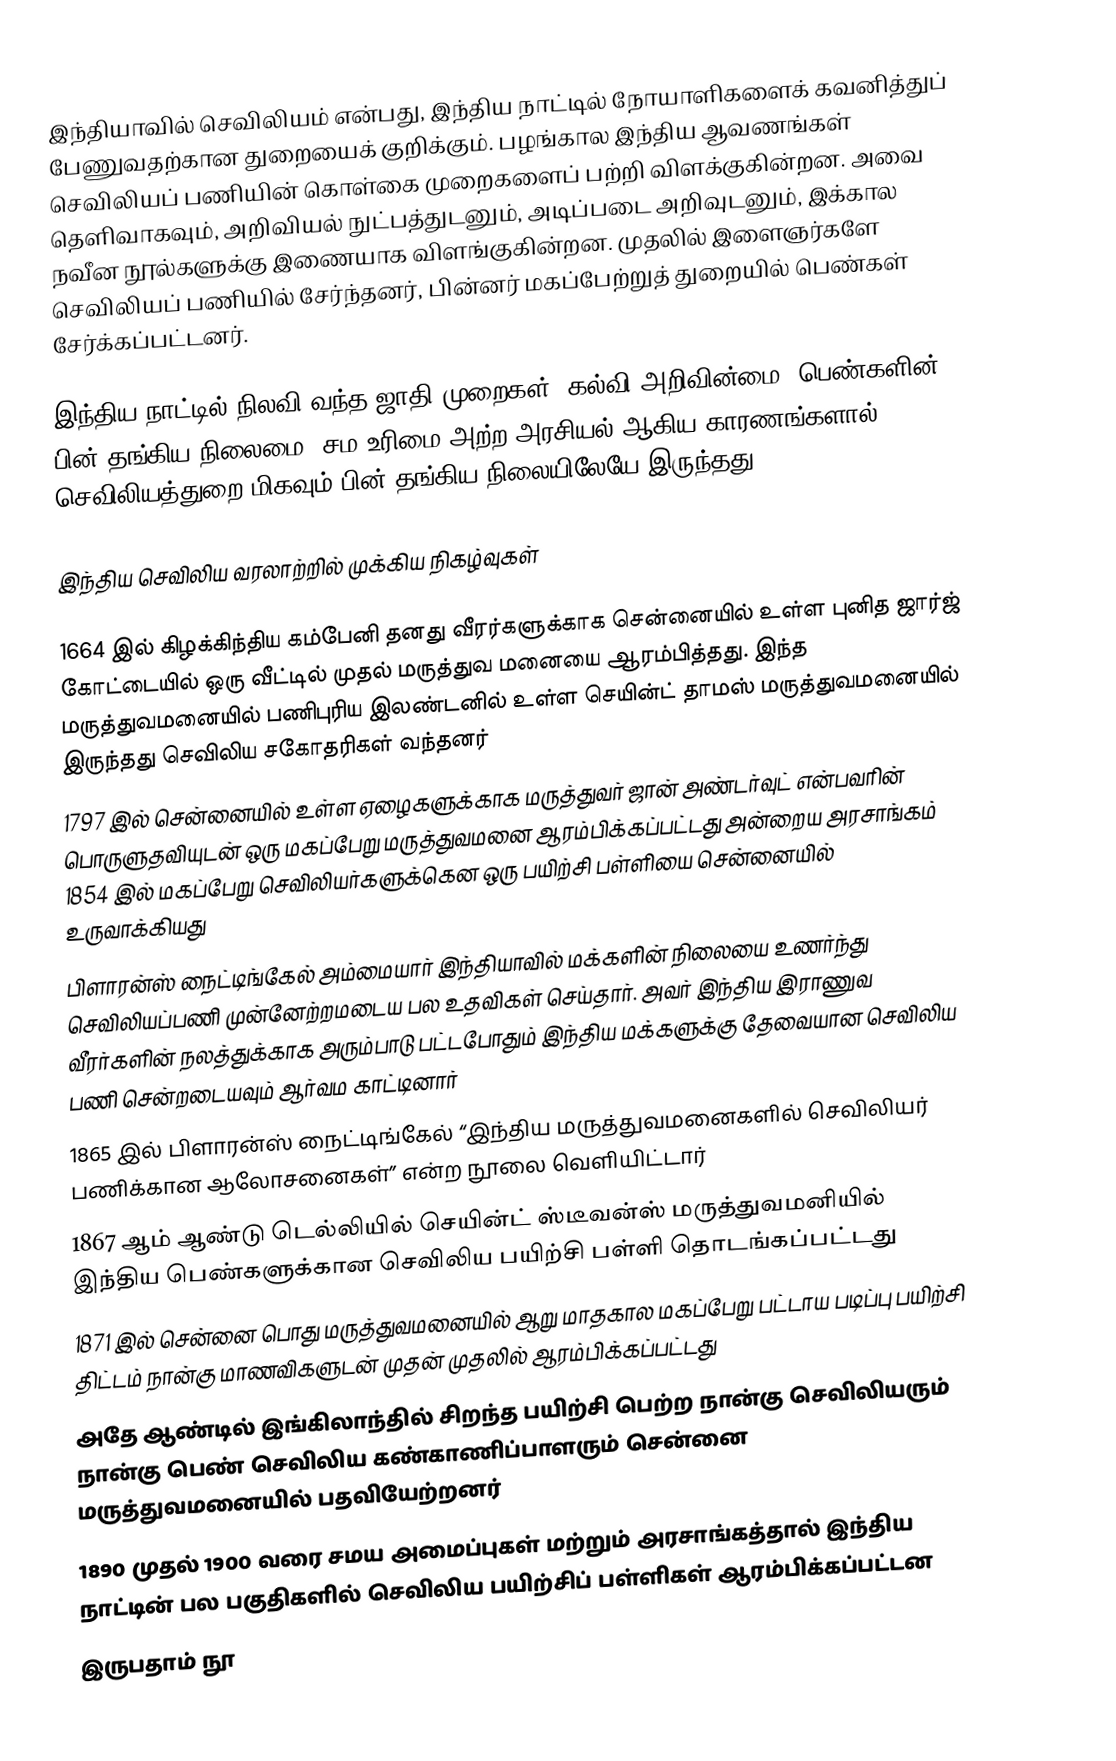
இந்தியாவில் செவிலியம் என்பது, இந்திய நாட்டில் நோயாளிகளைக் கவனித்துப் பேணுவதற்கான துறையைக் குறிக்கும். பழங்கால இந்திய ஆவணங்கள் செவிலியப் பணியின் கொள்கை முறைகளைப் பற்றி விளக்குகின்றன. அவை தெளிவாகவும், அறிவியல் நுட்பத்துடனும், அடிப்படை அறிவுடனும்,  இக்கால நவீன நூல்களுக்கு இணையாக விளங்குகின்றன. முதலில் இளைஞர்களே செவிலியப் பணியில் சேர்ந்தனர், பின்னர் மகப்பேற்றுத் துறையில் பெண்கள் சேர்க்கப்பட்டனர்.

இந்திய நாட்டில் நிலவி வந்த ஜாதி முறைகள், கல்வி அறிவின்மை, பெண்களின் பின் தங்கிய நிலைமை, சம உரிமை அற்ற அரசியல் ஆகிய காரணங்களால் செவிலியத்துறை மிகவும் பின் தங்கிய நிலையிலேயே இருந்தது

இந்திய செவிலிய வரலாற்றில் முக்கிய நிகழ்வுகள்

1664 இல் கிழக்கிந்திய கம்பேனி தனது வீரர்களுக்காக சென்னையில் உள்ள புனித ஜார்ஜ் கோட்டையில் ஒரு வீட்டில் முதல் மருத்துவ மனையை ஆரம்பித்தது. இந்த மருத்துவமனையில் பணிபுரிய இலண்டனில் உள்ள செயின்ட் தாமஸ் மருத்துவமனையில் இருந்தது செவிலிய சகோதரிகள் வந்தனர்
1797 இல் சென்னையில் உள்ள ஏழைகளுக்காக மருத்துவர் ஜான் அண்டர்வுட் என்பவரின் பொருளுதவியுடன் ஒரு மகப்பேறு மருத்துவமனை ஆரம்பிக்கப்பட்டது அன்றைய அரசாங்கம் 1854 இல் மகப்பேறு செவிலியர்களுக்கென ஒரு பயிற்சி பள்ளியை சென்னையில் உருவாக்கியது
பிளாரன்ஸ் நைட்டிங்கேல் அம்மையார் இந்தியாவில் மக்களின் நிலையை உணர்ந்து செவிலியப்பணி முன்னேற்றமடைய பல உதவிகள் செய்தார். அவர் இந்திய இராணுவ வீரர்களின் நலத்துக்காக அரும்பாடு பட்டபோதும் இந்திய மக்களுக்கு தேவையான செவிலிய பணி சென்றடையவும் ஆர்வம காட்டினார்
1865 இல் பிளாரன்ஸ் நைட்டிங்கேல் “இந்திய மருத்துவமனைகளில் செவிலியர் பணிக்கான ஆலோசனைகள்” என்ற நூலை வெளியிட்டார்
1867 ஆம் ஆண்டு டெல்லியில் செயின்ட் ஸ்டீவன்ஸ் மருத்துவமனியில் இந்திய பெண்களுக்கான செவிலிய பயிற்சி பள்ளி தொடங்கப்பட்டது
1871  இல் சென்னை பொது மருத்துவமனையில் ஆறு மாதகால மகப்பேறு பட்டாய படிப்பு பயிற்சி திட்டம் நான்கு மாணவிகளுடன் முதன் முதலில் ஆரம்பிக்கப்பட்டது
அதே ஆண்டில் இங்கிலாந்தில் சிறந்த பயிற்சி பெற்ற நான்கு செவிலியரும் நான்கு பெண் செவிலிய கண்காணிப்பாளரும் சென்னை மருத்துவமனையில் பதவியேற்றனர்
1890  முதல் 1900 வரை சமய அமைப்புகள் மற்றும் அரசாங்கத்தால் இந்திய நாட்டின் பல பகுதிகளில் செவிலிய பயிற்சிப் பள்ளிகள் ஆரம்பிக்கப்பட்டன
இருபதாம் நூ